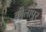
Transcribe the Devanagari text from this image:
कोलापुर